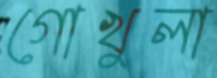
গোখুলা